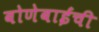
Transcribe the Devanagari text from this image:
बोणेबाईंची